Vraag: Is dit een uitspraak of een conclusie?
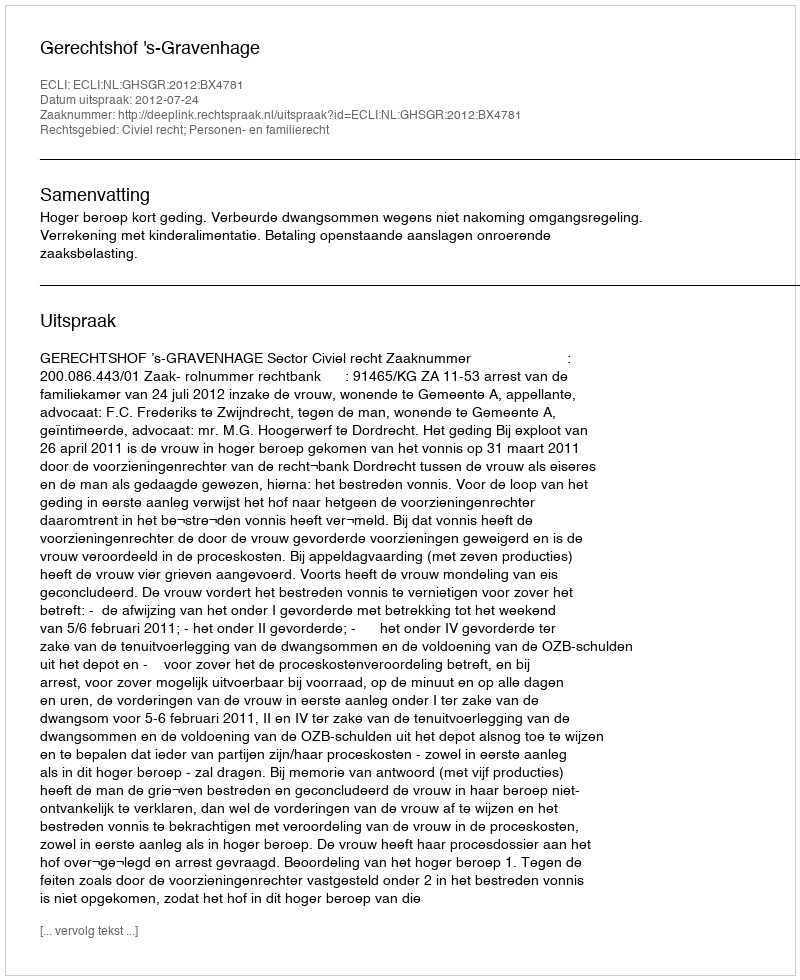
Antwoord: Uitspraak